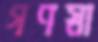
গণস্বা